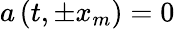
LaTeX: a\left(t,\pm x_{m}\right)=0